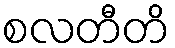
စလတီတိ